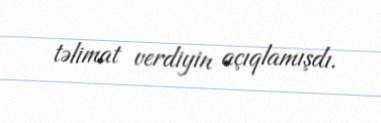
təlimat verdiyin açıqlamışdı.